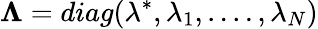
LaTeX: \boldsymbol{\Lambda}=diag(\lambda^{*},\lambda_{1},....,\lambda_{N})